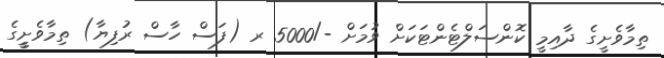
ތިމާވެށީގެ ދާއިމީ ކޮންސަލްޓެންޓަކަށް ވުމަށް -/5000 ރ (ފަސް ހާސް ރުފިޔާ) ތިމާވެށީީގެ